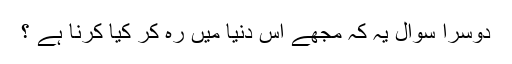
دوسرا سوال یہ کہ مجھے اس دُنیا میں رہ کر کیا کرنا ہے ؟